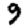
Digit: 9